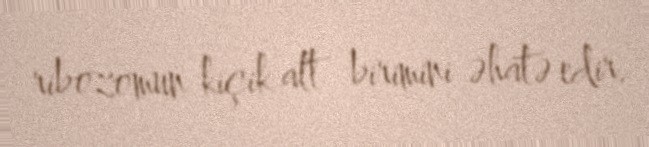
ribozomun kiçik alt birimini əhatə edir.